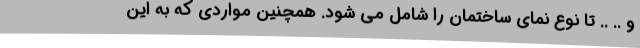
و .. .. تا نوع نمای ساختمان را شامل می شود. همچنین مواردی که به این